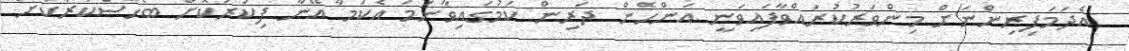
އެދަމަފިރިންނަށް މިންވަރުކުރައްވާފައިވަނީ އަންހެން ދަރިން ކަމުގައިވާނަމަ އެކަމާ އޭނާ ފިކުރުކޮށް ބޯހާސްކުރާކަށް